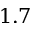
1 . 7